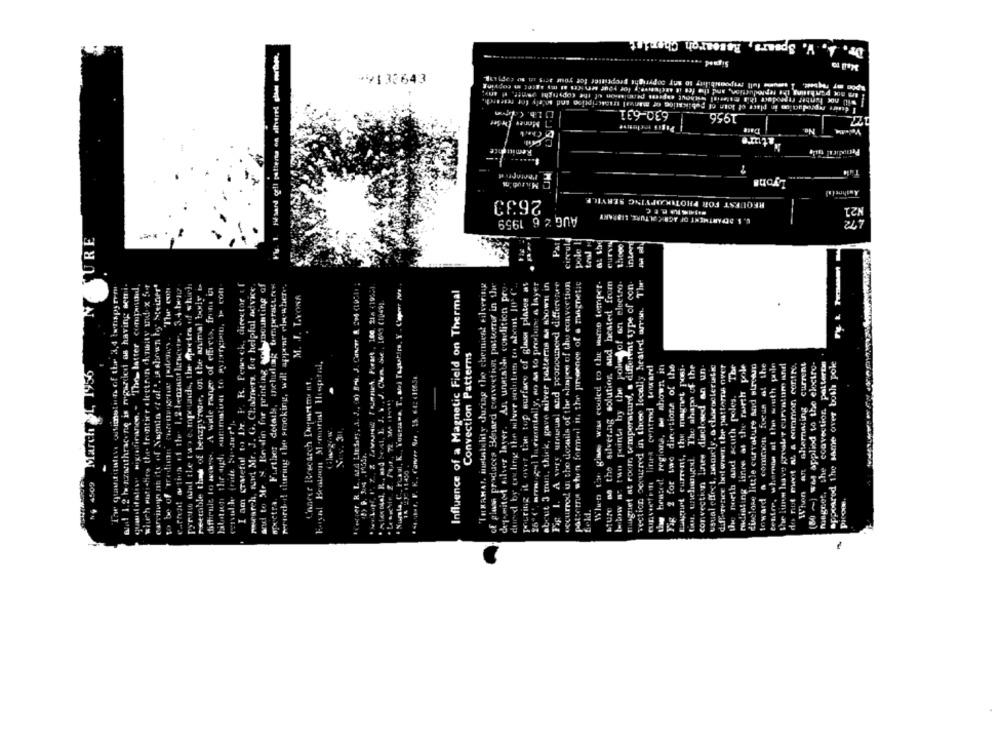
Dr. A. V. Spears, Research Chorist
rusard geli patterna on allvered glas worthge.
Signed
Ismuss full responsibility to any copyright proptitter for your af15 in su Copying.
+9133643
Er not purchasing the reproduction, and the fee it acciones,y for your services at my agent m copying
any
will noc ferber reproduce this tutorial without express permission of the copyright goatt.
Geaire reproduction in place of loin of publication of manval transcription ind M'fly for feiraich
ULb. Com
630-631
1956
Money Die Set
"sture
Remindate
......
Microd'
Lyons
2633
REQUEST FOR PHOTOCOPYING SERVILE
U. S. DEPARTMENT OF AGRICULTURE, LIBRARY
N21
AUG 2 6 1959
M SURE
pole 1
Pat
curvy
three
interd
tral
26"(', armu .gul la rizontally, no as to produce a layer
about 3 mast, thick, gave silver patterns as shown in
Fig 1. A very umawus! and pronounerd differiture
occurred ui the dosails of the slapen of the convection
patterns when formed in the presence of a magnetic
When tie giss waw cooled to the same temper.
sture as the sivering solution, and hested from
magnet at room temperaturd, a different type of con.
vection occurred in these locally heated arran. The
tuttehe witimatun of the 3,4 twhspy rem
wul 1.2 h szwithracene is regarded as having semi.
significanen. - 'The latter companund,
siuch wattaties the frontier electron dewity auf x fr
Weblog an ite of Sophia et al.', is shown by' Steiner"
pyrotwo And the tax e mpestasde, the Apretes of which
resemble that of benzpyrene, on the mumal body
difficult lo woes. A wide range of offrets, from in
I am grateful to De. P. R. Pewsck, director of
rewearch, md Mr. J. G. Chalmers, for helpful advke.
and to Me N Re din for printing andoyaounting of
spectra. Further details, including temperaturer
perord. il thuring the smoking, will appear ela.where.
Influence of a Magnetic Field on Thermal
"THRAHAY, italelity during the chemiest silver ny
of glass produces Benard convection pastornur in the
def-mito silver laver. An unatable condition pro
dued by odling the silver solution to abom [0 ℃
Pouring it over the top surface of glow plates at
Istow w two points by the pokudof on electro.
M. I. L.YONA
J. W . J. Cham. Su . 1663 (1949).
Convection Patterns
Faisal Beaison Memorial Hospital,
duelone little curvature and alren
toward a common focus al the
Centre, whereas at the south pole
the lin have greater curvature and
do not mot st & common contro.
When an sharnoting current
(80 ~) was applied to the electro-
magnet, the convection patterns
appeared the same over both pole
March 1, 1956
cupvotein linea centred toward
tig heated regions, he shown in
Fig 2 for two dirertione of the
Lugnet current, the magnet post-
tin, unehund. The shape of the
convection lave disclosed an un
usual effect, namely. o choroclerutk
d.ference between the patterns over
the north and south poles. Thr
redlisting lince at the north pole
. 31
to be of tredunn
NG 4509
efter
Picoas
feld.